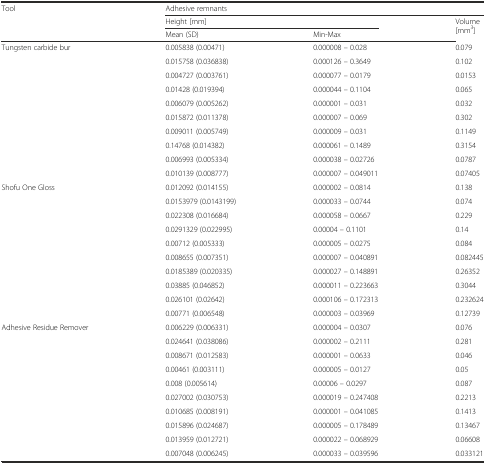
<table><thead><tr><td rowspan="3"><b>Tool</b></td><td colspan="3"><b>Adhesive remnants</b></td></tr><tr><td colspan="2"><b>Height [mm]</b></td><td rowspan="2"><b>Volume [mm<sup>3</sup>]</b></td></tr><tr><td><b>Mean (SD)</b></td><td><b>Min-Max</b></td></tr></thead><tbody><tr><td rowspan="10">Tungsten carbide bur</td><td>0.005838 (0.00471)</td><td>0.000008 – 0.028</td><td>0.079</td></tr><tr><td>0.015758 (0.036838)</td><td>0.000126 – 0.3649</td><td>0.102</td></tr><tr><td>0.004727 (0.003761)</td><td>0.000077 – 0.0179</td><td>0.0153</td></tr><tr><td>0.01428 (0.019394)</td><td>0.000044 – 0.1104</td><td>0.065</td></tr><tr><td>0.006079 (0.005262)</td><td>0.000001 – 0.031</td><td>0.032</td></tr><tr><td>0.015872 (0.011378)</td><td>0.000007 – 0.069</td><td>0.302</td></tr><tr><td>0.009011 (0.005749)</td><td>0.000009 – 0.031</td><td>0.1149</td></tr><tr><td>0.14768 (0.014382)</td><td>0.000061 – 0.1489</td><td>0.3154</td></tr><tr><td>0.006993 (0.005334)</td><td>0.000038 – 0.02726</td><td>0.0787</td></tr><tr><td>0.010139 (0.008777)</td><td>0.000007 – 0.049011</td><td>0.07405</td></tr><tr><td rowspan="10">Shofu One Gloss</td><td>0.012092 (0.014155)</td><td>0.000002 – 0.0814</td><td>0.138</td></tr><tr><td>0.0153979 (0.0143199)</td><td>0.000033 – 0.0744</td><td>0.074</td></tr><tr><td>0.022308 (0.016684)</td><td>0.000058 – 0.0667</td><td>0.229</td></tr><tr><td>0.0291329 (0.022995)</td><td>0.00004 – 0.1101</td><td>0.14</td></tr><tr><td>0.00712 (0.005333)</td><td>0.000005 – 0.0275</td><td>0.084</td></tr><tr><td>0.008655 (0.007351)</td><td>0.000007 – 0.040891</td><td>0.082445</td></tr><tr><td>0.0185389 (0.020335)</td><td>0.000027 – 0.148891</td><td>0.26352</td></tr><tr><td>0.03885 (0.046852)</td><td>0.000011 – 0.223663</td><td>0.3044</td></tr><tr><td>0.026101 (0.02642)</td><td>0.000106 – 0.172313</td><td>0.232624</td></tr><tr><td>0.00771 (0.006548)</td><td>0.000003 – 0.03969</td><td>0.12739</td></tr><tr><td rowspan="10">Adhesive Residue Remover</td><td>0.006229 (0.006331)</td><td>0.000004 – 0.0307</td><td>0.076</td></tr><tr><td>0.024641 (0.038086)</td><td>0.000002 – 0.2111</td><td>0.281</td></tr><tr><td>0.008671 (0.012583)</td><td>0.000001 – 0.0633</td><td>0.046</td></tr><tr><td>0.00461 (0.003111)</td><td>0.000005 – 0.0127</td><td>0.05</td></tr><tr><td>0.008 (0.005614)</td><td>0.00006 – 0.0297</td><td>0.087</td></tr><tr><td>0.027002 (0.030753)</td><td>0.000019 – 0.247408</td><td>0.2213</td></tr><tr><td>0.010685 (0.008191)</td><td>0.000001 – 0.041085</td><td>0.1413</td></tr><tr><td>0.015896 (0.024687)</td><td>0.000005 – 0.178489</td><td>0.13467</td></tr><tr><td>0.013959 (0.012721)</td><td>0.000022 – 0.068929</td><td>0.06608</td></tr><tr><td>0.007048 (0.006245)</td><td>0.000033 – 0.039596</td><td>0.033121</td></tr></tbody></table>